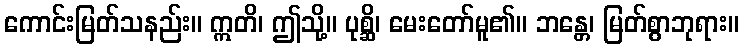
ကောင်းမြတ်သနည်း။ ဣတိ၊ ဤသို့။ ပုစ္ဆိ၊ မေးတော်မူ၏။ ဘန္တေ၊ မြတ်စွာဘုရား။